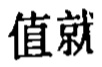
值就